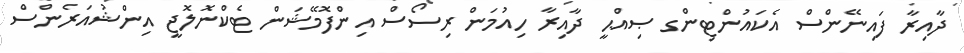
ދާއިރާ ފައިނޭންސް އެކައުންޓިންގ ޞިއްޙީ ދާއިރާ ހިއުމަން ރިސޯސް އިންފޮމޭޝަން ޓެކްނޮލޮޖީ އިންޝުއަރެންސް